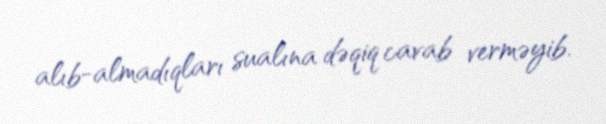
alıb-almadıqları sualına dəqiq cavab verməyib.